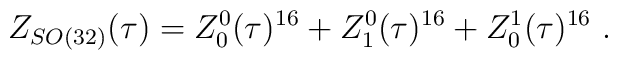
Z_{SO(32)}(\tau) = Z^0_0(\tau)^{16}+Z^0_1(\tau)^{16}+Z^1_0(\tau)^{16}\ .